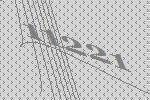
11221